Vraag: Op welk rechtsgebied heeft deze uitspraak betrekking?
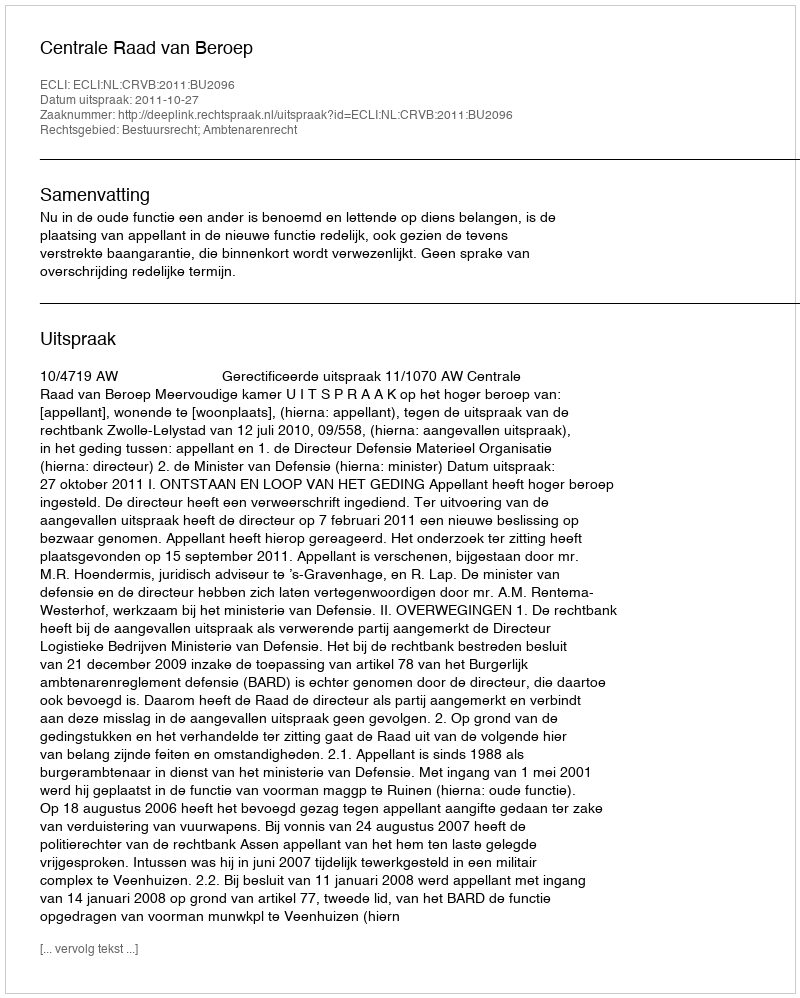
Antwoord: Bestuursrecht; Ambtenarenrecht